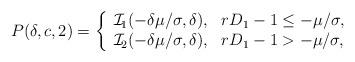
LaTeX: \begin{align*} P(\delta,c,2) = \left\{ \begin{array}{ll} \mathcal{I}_{\!1}(-\delta\mu/\sigma,\delta), & r D_1 - 1 \leq -\mu/\sigma,\\ \mathcal{I}_{\!2}(-\delta\mu/\sigma,\delta), & r D_1 - 1 > -\mu/\sigma, \end{array} \right. \end{align*}